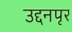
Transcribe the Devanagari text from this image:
उद्दनपृर